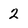
Character: 2